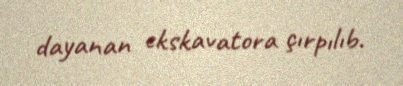
dayanan ekskavatora çırpılıb.